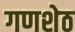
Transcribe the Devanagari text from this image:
गणशेठ